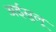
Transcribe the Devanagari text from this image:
अईसुलू